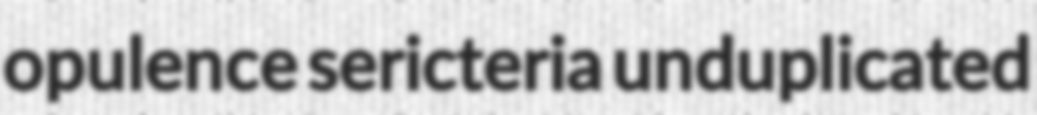
opulence sericteria unduplicated